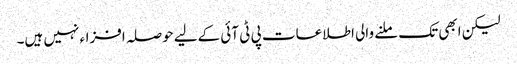
لیکن ابھی تک ملنے والی اطلاعات پی ٹی آئی کےلیے حوصلہ افزاء نہیں ہیں۔